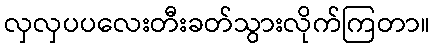
လှလှပပလေးတီးခတ်သွားလိုက်ကြတာ။